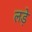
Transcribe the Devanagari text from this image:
लडे़